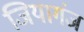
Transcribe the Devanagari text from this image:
जियागंज